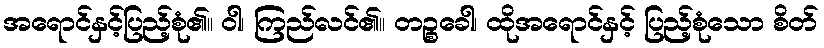
အရောင်နှင့်ပြည့်စုံ၏။ ဝါ၊ ကြည်လင်၏။ တဉ္စခေါ၊ ထိုအရောင်နှင့် ပြည့်စုံသော စိတ်